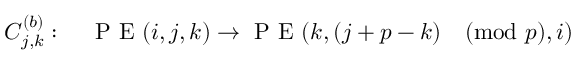
C _ { j , k } ^ { ( b ) } : \quad \mathrm { ~ P ~ E ~ } ( i , j , k ) \rightarrow \mathrm { ~ P ~ E ~ } ( k , ( j + p - k ) \pmod p , i )